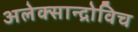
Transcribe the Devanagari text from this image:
अलेक्सान्द्रोविच